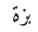
بزة